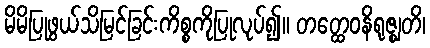
မိမိပြုဖွယ်သိမြင်ခြင်းကိစ္စကိုပြုလုပ်၍။ တတ္ထေဝနိရုဇ္ဈတိ၊